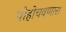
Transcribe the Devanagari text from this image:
पोहोचवणारा